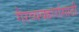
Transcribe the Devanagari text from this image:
गैरव्यवहारांसाठी